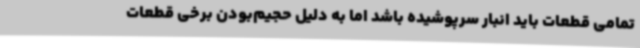
تمامی قطعات باید انبار سرپوشیده باشد اما به دلیل حجیم‌بودن برخی قطعات